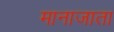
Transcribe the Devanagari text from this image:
मानाजाता